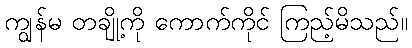
ကျွန်မ တချို့ကို ကောက်ကိုင် ကြည့်မိသည်။